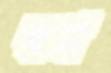
স্বপ্ন